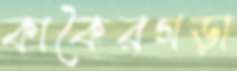
কাকৈরগড়া